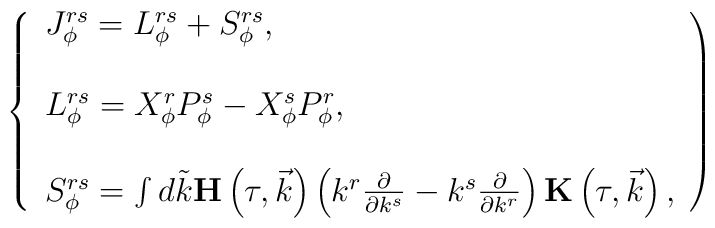
\left\{\begin{array}{l}J_{\phi}^{rs}=L_{\phi}^{rs}+S_{\phi}^{rs}, \\\\L_{\phi}^{rs}=X_{\phi}^rP_{\phi}^s-X_{\phi}^sP_{\phi}^r,\\\\S_{\phi}^{rs}=\int d\tilde k{\bf H}\left( \tau ,\vec k\right) \left( k^r\frac \partial {\partial k^s}-k^s\frac\partial {\partial k^r}\right) {\bf K}\left( \tau ,\vec k\right) ,\end{array}\right)